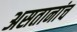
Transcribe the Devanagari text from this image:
असतानांच